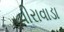
વીરાવાડા